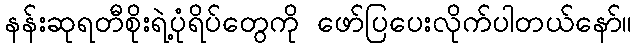
နန်းဆုရတီစိုးရဲ့ပုံရိပ်တွေကို ဖော်ပြပေးလိုက်ပါတယ်နော်။